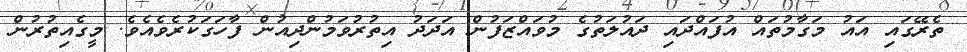
ތެރޭގައި އައު މަގާމުތައް އުފައްދައި ދައުލަތުގެ މުވައްޒަފުން އަދަދު އިތުރުވަމުންދިއުން ފާހަގަކުރެވެއެވެ. މީގެއިތުރުން